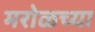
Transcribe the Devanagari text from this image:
मरोळच्या